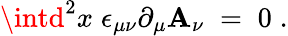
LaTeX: \intd^{2}x\; \epsilon_{\mu\nu}\partial_{\mu}\mathbf{A}_{\nu}\; =\; 0\; .